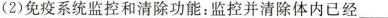
(2)免疫系统监控和清除功能：监控并清除体内已经___